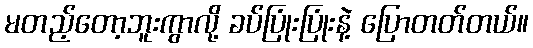
မတည့်တော့ဘူးကွာလို့ ခပ်ပြုံးပြုံးနဲ့ ပြောတတ်တယ်။